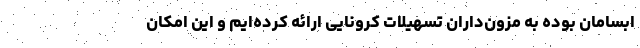
ابسامان بوده به مزون‌داران تسهیلات کرونایی ارائه کرده‌ایم و این امکان